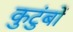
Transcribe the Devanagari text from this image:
कुटुंबों